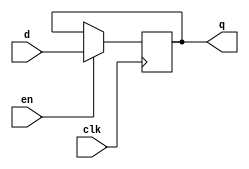
module xup_dff_en #(parameter DELAY = 3)(
    input d,
    input clk,
    input en,
    output q
    );
    
    reg q;
    always @(posedge clk)
    begin 
        if(en)
            q<= #DELAY d;
    end
endmodule